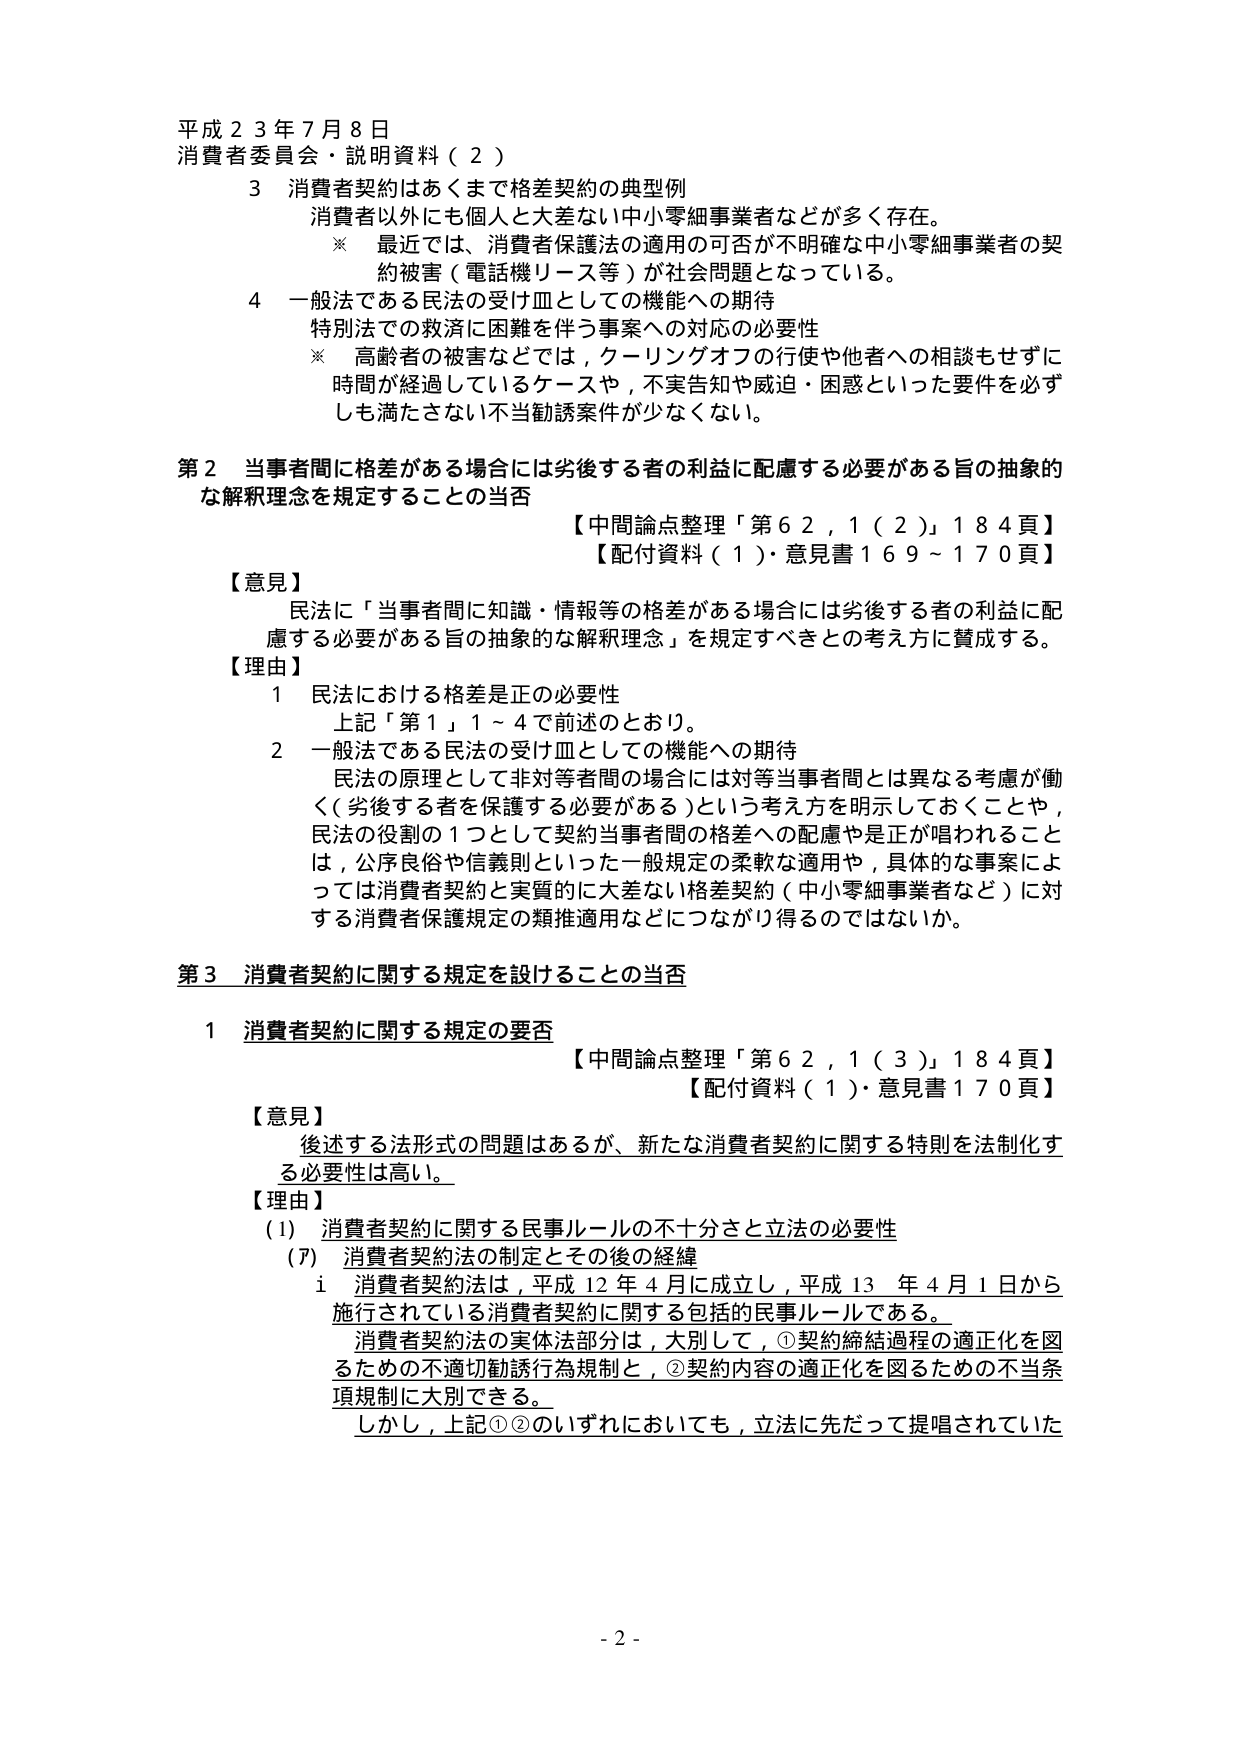
平成２３年７月８日
消費者委員会・説明資料（２）

３ 消費者契約はあくまで格差契約の典型例
　消費者以外にも個人と大差ない中小零細事業者などが多く存在。
　※ 最近では、消費者保護法の適用の可否が不明確な中小零細事業者の契
　　約被害（電話機リース等）が社会問題となっている。

４ 一般法である民法の受け皿としての機能への期待
　特別法での救済に困難を伴う事案への対応の必要性
　※ 高齢者の被害などでは、クーリングオフの行使や他者への相談もせずに
　　時間が経過しているケースや、不実告知や威迫・困惑といった要件を必ず
　　しも満たさない不当勧誘案件が少なくない。

第２ 当事者間に格差がある場合には劣後する者の利益に配慮する必要がある旨の抽象的
　な解釈理念を規定することの当否
　　【中間論点整理「第６２，１（２）」１８４頁】
　　【配付資料（１）・意見書１６９～１７０頁】

【意見】
　民法に「当事者間に知識・情報等の格差がある場合には劣後する者の利益に配
　慮する必要がある旨の抽象的な解釈理念」を規定すべきとの考え方に賛成する。

【理由】
　１ 民法における格差是正の必要性
　　上記「第１」１～４で前述のとおり。
　２ 一般法である民法の受け皿としての機能への期待
　　民法の原理として非対等者間の場合には対等当事者間とは異なる考慮が働
　　く（劣後する者を保護する必要がある）という考え方を明示しておくことや、
　　民法の役割の１つとして契約当事者間の格差への配慮や是正が唱われること
　　は、公序良俗や信義則といった一般規定の柔軟な適用や、具体的な事案によ
　　っては消費者契約と実質的に大差ない格差契約（中小零細事業者など）に対
　　する消費者保護規定の類推適用などにつながり得るのではないか。

第３ 消費者契約に関する規定を設けることの当否

　１ 消費者契約に関する規定の要否
　　【中間論点整理「第６２，１（３）」１８４頁】
　　【配付資料（１）・意見書１７０頁】

【意見】
　後述する法形式の問題はあるが、新たな消費者契約に関する特則を法制化す
　る必要性は高い。

【理由】
　（1） 消費者契約に関する民事ルールの不十分さと立法の必要性
　　（ｱ） 消費者契約法の制定とその後の経緯
　　　i 消費者契約法は、平成12年4月に成立し、平成13年4月1日から
　　　　施行されている消費者契約に関する包括的民事ルールである。
　　　　消費者契約法の実体法部分は、大別して、①契約締結過程の適正化を図
　　　　るための不適切勧誘行為規制と、②契約内容の適正化を図るための不当条
　　　　項規制に大別できる。
　　　　しかし、上記①②のいずれにおいても、立法に先だって提唱されていた

- 2 -